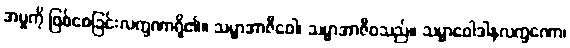
အမှုကို ဖြစ်စေခြင်းလက္ခဏာရှိ၏။ သမ္မာအာဇီဝေါ၊ သမ္မာအာဇီဝသည်။ သမ္မာဝေါဒါနလက္ခဏော၊